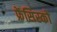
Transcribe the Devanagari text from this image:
फ्रेंसिस्‍को